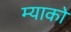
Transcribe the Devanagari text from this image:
म्याको